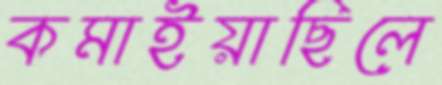
কমাইয়াছিলে